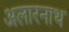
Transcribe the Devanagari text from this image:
अलारनाथ